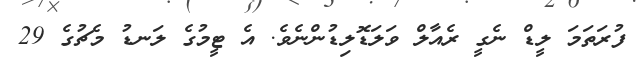
ފުރަތަމަ ލީޑް ނެގީ ރެއާލް ވަލަޑޮލިޑުންނެވެ. އެ ޓީމުގެ ލަނޑު މެޗުގެ 29